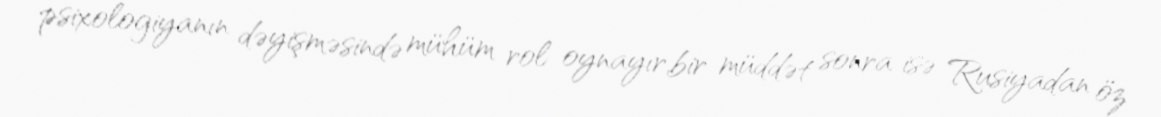
psixologiyanın dəyişməsində mühüm rol oynayır,bir müddət sonra isə Rusiyadan öz